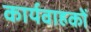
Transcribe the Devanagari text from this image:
कार्यवाहकों